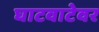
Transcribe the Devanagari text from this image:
घाटवाटेवर